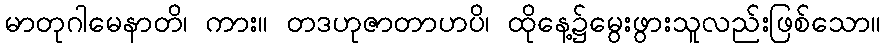
မာတုဂါမေနာတိ၊ ကား။ တဒဟုဇာတာဟပိ၊ ထိုနေ့၌မွေးဖွားသူလည်းဖြစ်သော။